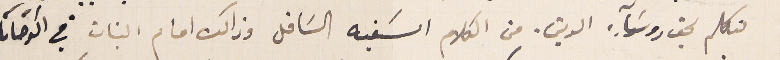
تكلم بحق روسَآء الدين. من الكلام السَفيه السَافل وذلك امام البنات في الكرخانا